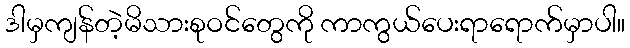
ဒါမှကျန်တဲ့မိသားစုဝင်တွေကို ကာကွယ်ပေးရာရောက်မှာပါ။